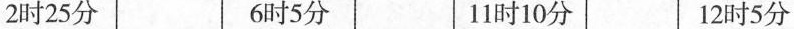
2时25分 6时5分 11时10分 12时5分